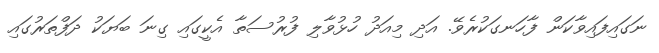
ނަގައިފައިވާކަން ފާހަނގަކުރެވޭ. އަދި މިއަދު ހުޅުވާލި ފުރުސަތާ އެކީގައި ގިނަ ބަޔަކު ދަފްތަރުގައި